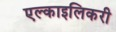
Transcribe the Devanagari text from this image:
एल्काइलिकरी